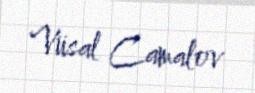
Vüsal Camalov